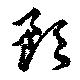
預